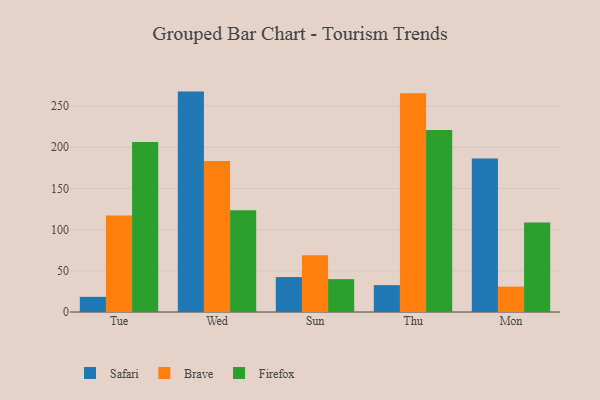
{"axis": {"x": "Day", "y": "Budget (USD K)"}, "legend": ["Brave", "Firefox", "Safari"], "data": [{"x": "Tue", "y": 18.4, "type": "Safari"}, {"x": "Tue", "y": 117.1, "type": "Brave"}, {"x": "Tue", "y": 206.3, "type": "Firefox"}, {"x": "Wed", "y": 267.5, "type": "Safari"}, {"x": "Wed", "y": 183.2, "type": "Brave"}, {"x": "Wed", "y": 123.5, "type": "Firefox"}, {"x": "Sun", "y": 42.4, "type": "Safari"}, {"x": "Sun", "y": 68.9, "type": "Brave"}, {"x": "Sun", "y": 39.9, "type": "Firefox"}, {"x": "Thu", "y": 32.6, "type": "Safari"}, {"x": "Thu", "y": 265.5, "type": "Brave"}, {"x": "Thu", "y": 221.0, "type": "Firefox"}, {"x": "Mon", "y": 186.4, "type": "Safari"}, {"x": "Mon", "y": 30.8, "type": "Brave"}, {"x": "Mon", "y": 108.7, "type": "Firefox"}]}